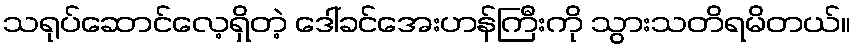
သရုပ်ဆောင်လေ့ရှိတဲ့ ဒေါ်ခင်အေးဟန်ကြီးကို သွားသတိရမိတယ်။